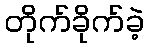
တိုက်ခိုက်ခဲ့